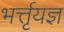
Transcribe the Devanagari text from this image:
भर्त्तृयज्ञ